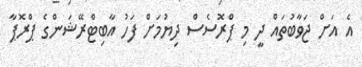
އެ އަށް ޖަވާބުތައް ދީ މި ޕްރޮސެސް ދިޔުމަށް ފަހު އާބިޓްރޭޝަންގެ ޕްރޮޕާ